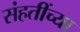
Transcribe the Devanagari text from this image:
संहतींच्या